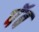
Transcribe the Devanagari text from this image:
पॅब